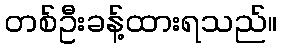
တစ်ဦးခန့်ထားရသည်။